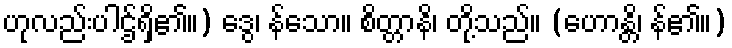
ဟုလည်းပါဌ်ရှိ၏။) ဒွေ၊ န်သော။ စိတ္တာနိ၊ တို့သည်။ (ဟောန္တိ၊ န်၏။)